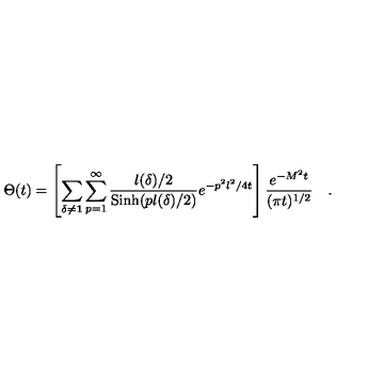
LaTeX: \Theta ( t ) = \left[ \sum _ { \delta \neq { \bf 1 } } \sum _ { p = 1 } ^ { \infty } { \frac { l ( \delta ) / 2 } { \mathrm { S i n h } ( p l ( \delta ) / 2 ) } } e ^ { - p ^ { 2 } l ^ { 2 } / 4 t } \right] { \frac { e ^ { - M ^ { 2 } t } } { ( \pi t ) ^ { 1 / 2 } } } \quad .